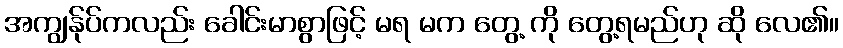
အကျွန်ုပ်ကလည်း ခေါင်းမာစွာဖြင့် မရ မက တွေ့ ကို တွေ့ရမည်ဟု ဆို လေ၏။